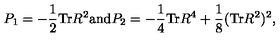
P _ { 1 } = - \frac { 1 } { 2 } \mathrm { T r } R ^ { 2 } \mathrm { a n d } P _ { 2 } = - \frac { 1 } { 4 } \mathrm { T r } R ^ { 4 } + \frac { 1 } { 8 } ( \mathrm { T r } R ^ { 2 } ) ^ { 2 } ,